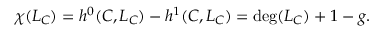
\chi ( L _ { C } ) = h ^ { 0 } ( C , L _ { C } ) - h ^ { 1 } ( C , L _ { C } ) = \deg ( L _ { C } ) + 1 - g .